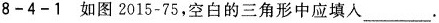
8-4-1如图2015-75，空白的三角形中应填入______。